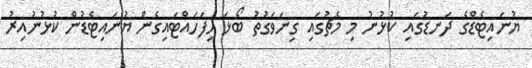
ޔުނައިޓެޑްގެ ދަނޑުގައި ކުޅުނު މި މެޗުގައި ގިނަވަގުތު ބޯޅަ ހިފަހައްޓައިގެން ޔުނައިޓެޑުން ކުޅުނުއިރު